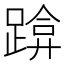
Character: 𰸡